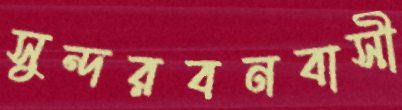
সুন্দরবনবাসী